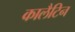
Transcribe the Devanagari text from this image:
कालैटिन